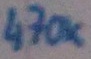
Text: 470K